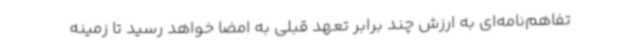
تفاهم‌نامه‌ای به ارزش چند برابر تعهد قبلی به امضا خواهد رسید تا زمینه